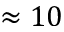
\approx 1 0